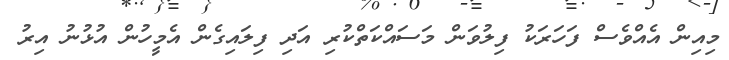
މިއިން އެއްވެސް ފަހަރަކު ފިލުވަން މަސައްކަތްކުރި އަދި ފިލައިގެން އެމީހުން އުޅުނު އިރު